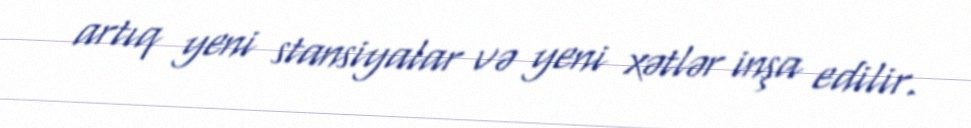
artıq yeni stansiyalar və yeni xətlər inşa edilir.